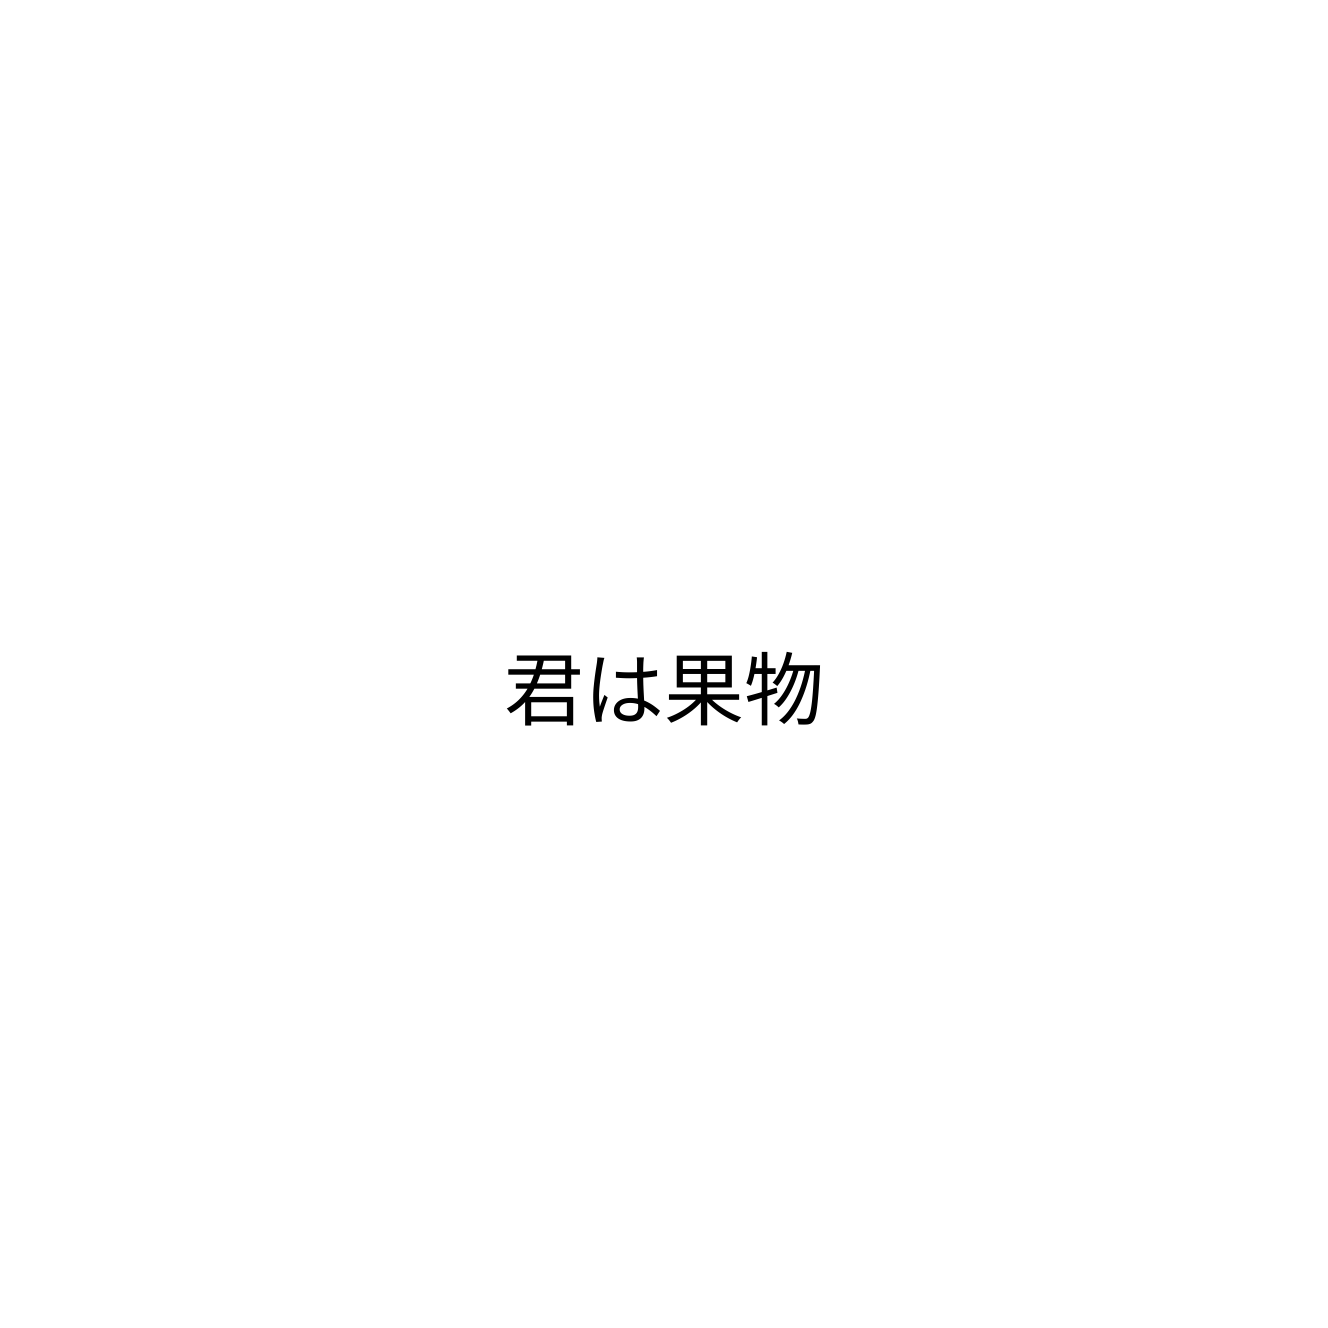
君は果物